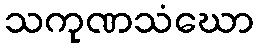
သကုဏသံဃော